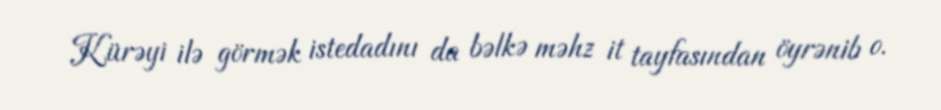
Kürəyi ilə görmək istedadını da bəlkə məhz it tayfasından öyrənib o.